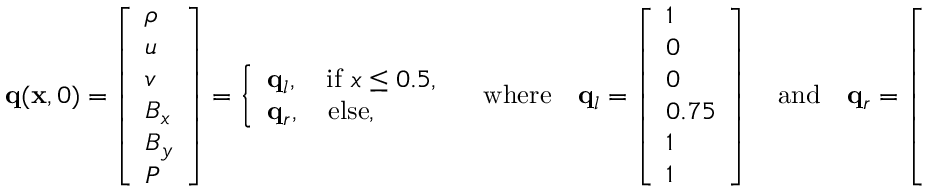
\mathbf { q } ( \mathbf { x } , 0 ) = \left[ \begin{array} { l } { \rho } \\ { u } \\ { v } \\ { B _ { x } } \\ { B _ { y } } \\ { P } \end{array} \right] = \left\{ \begin{array} { l l } { \mathbf { q } _ { l } , \quad \mathrm { i f } \ x \leq 0 . 5 , } \\ { \mathbf { q } _ { r } , \quad \mathrm { e l s e } , } \end{array} \right. \quad \mathrm { w h e r e } \quad \mathbf { q } _ { l } = \left[ \begin{array} { l } { 1 } \\ { 0 } \\ { 0 } \\ { 0 . 7 5 } \\ { 1 } \\ { 1 } \end{array} \right] \quad \mathrm { a n d } \quad \mathbf { q } _ { r } = \left[ \begin{array} { l } { 0 . 1 2 5 } \\ { 0 } \\ { 0 } \\ { 0 . 7 5 } \\ { - 1 } \\ { 0 . 1 } \end{array} \right] .